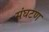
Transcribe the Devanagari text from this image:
संघटण